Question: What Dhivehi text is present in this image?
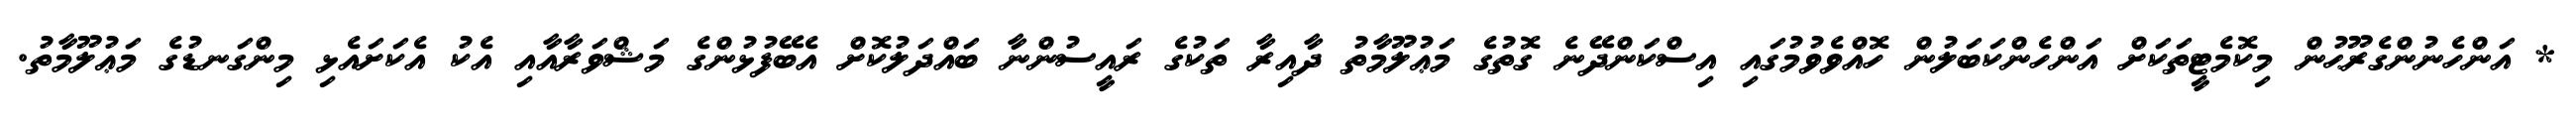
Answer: * އަންހެނުންގެރޫޙުން މިކޮމެޓީތަކަށް އަންހެންކަބަލުން ހޮއްވެވުމުގައި އިސްކަންދޭނެ ގޮތުގެ މަޢުލޫމާތު ދާއިރާ ތަކުގެ ރައީސުންނާ ބައްދަލުކޮށް އެބޭފުޅުންގެ މަޝްވަރާއާއި އެކު އެކަށައެޅި މިންގަނޑުގެ މަޢުލޫމާތު.